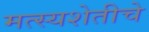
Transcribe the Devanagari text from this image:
मत्स्यशेतीचे